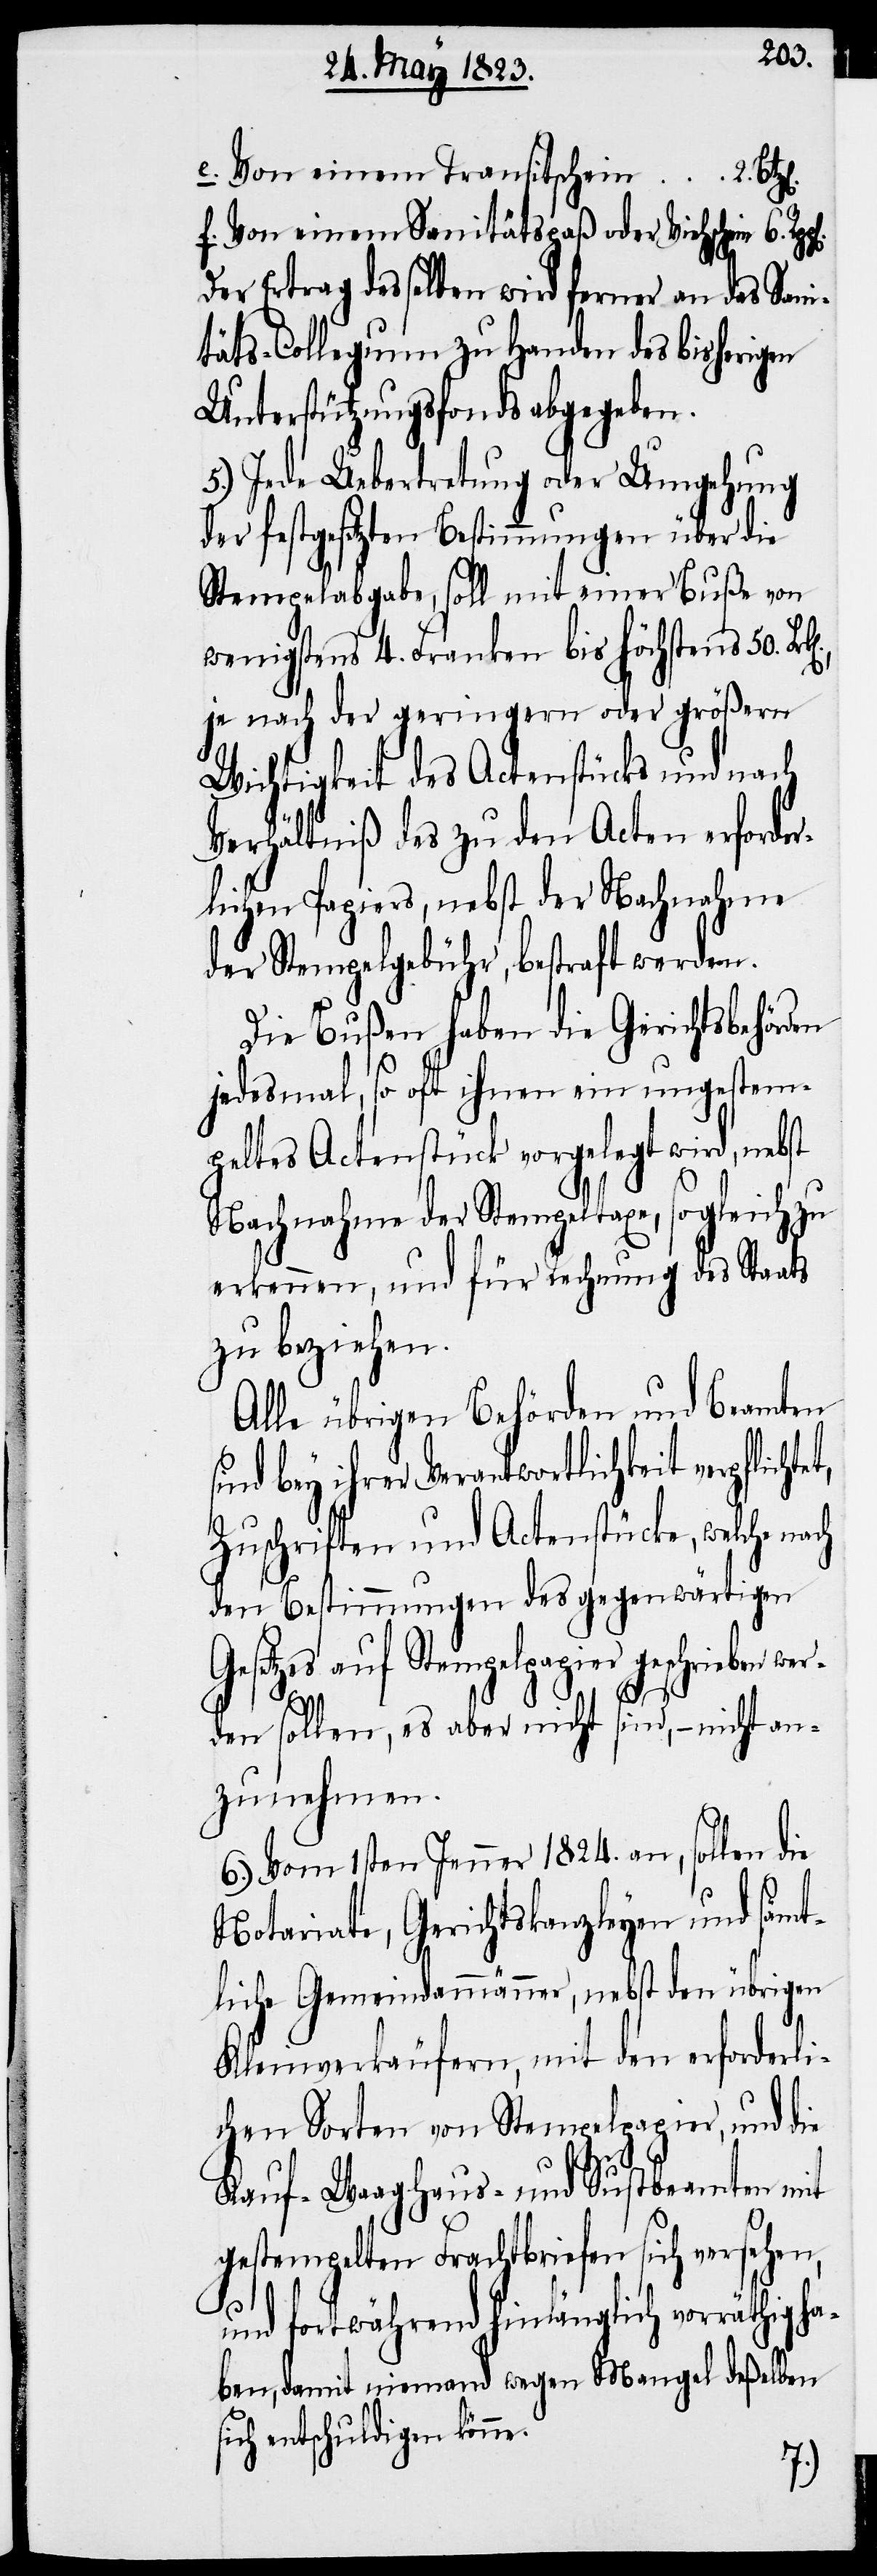
e. Von einem Transitschein 2.
f. Von einem Sanitätspaß oder Viehschein 6.
Der Ertrag desselben wird ferner an das Sani¬
täts-Collegium zu Handen des bisherigen
Unterstützungsfonds abgegeben.
5.) Jede Uebertretung oder Umgehung
der festgesetzten Bestimmungen über die
Stempelabgabe, soll mit einer Buße von
wenigstens 4. Franken bis höchstens 50.
je nach der geringern oder größern
Wichtigkeit des Actenstücks und nach
Verhältniß des zu den Acten erforder¬
lichen Papiers, nebst der Nachnahme
der Stempelgebühr, bestraft werden.
Die Bußen haben die Gerichtsbehörden
jedesmal, so oft ihnen ein ungestem¬
peltes Actenstück vorgelegt wird, nebst
Nachnahme der Stempeltaxe, sogleich zu
erkennen, und für Rechnung des Staats
zu beziehen.
Alle übrigen Behörden und Beamten
sind bey ihrer Verantwortlichkeit verpflichte¬
Zuschriften und Actenstücke, welche na¬
den Bestimmungen des gegenwärtigen
Gesetzes auf Stempelpapier
den sollen, es aber nicht sind, – nicht an¬
zunehmen.
6.) Vom 1sten Jenner 1824. an, sollen die
Notariate, Gerichtskanzleyen und sämt¬
liche Gemeindammänner, nebst den übrigen
Kleinverkäufern, mit den erforderli¬
chen Sorten von Stempelpapier, und die
Waaghaus- und Sustbeamten mit
gestempelten Frachtbriefen sich versehen,
wer¬
und fortwährend hinlänglich vorräthig ha¬
ben, damit niemand wegen Mangel deßelben
sich entschuldigen könne.
ch